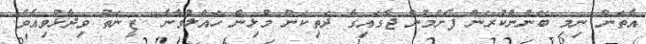
އެތަން ނިމި ބޭނުންކުރަން ފެށުމުން ޖާގައިގެ ދަތިކަން މުޅިން ހައްލުވާނެ" ޒީނަތު ވިދާޅުވިއެވެ.